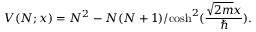
V ( N ; x ) = N ^ { 2 } - { N ( N + 1 ) } / { \cosh ^ { 2 } ( { \frac { \sqrt { 2 m } x } { \hbar } } ) } .